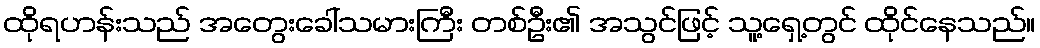
ထိုရဟန်းသည် အတွေးခေါ်သမားကြီး တစ်ဦး၏ အသွင်ဖြင့် သူ့ရှေ့တွင် ထိုင်နေသည်။